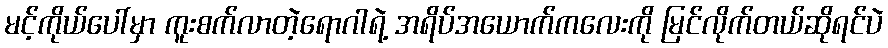
မင့်ကိုယ်ပေါ်မှာ ကူးစက်လာတဲ့ရောဂါရဲ့ အရိပ်အယောက်ကလေးကို မြင်လိုက်တယ်ဆိုရင်ပဲ